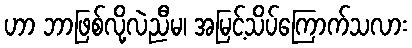
ဟာ ဘာဖြစ်လို့လဲညီမ၊ အမြင့်သိပ်ကြောက်သလား